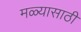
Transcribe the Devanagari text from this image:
मळ्यासाठी